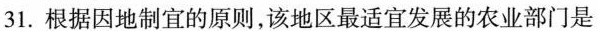
31.根据因地制宜的原则，该地区最适宜发展的农业部门是